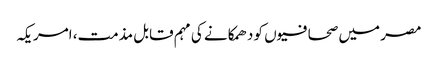
مصر میں صحافیوں کو دھمکانے کی مہم قابل مذمت، امریکہ